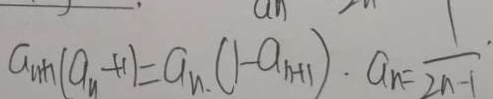
a _ { n } ( a _ { n } + 1 ) = a _ { n } ( 1 - a _ { n + 1 } ) \cdot a _ { n } = \frac { 1 } { 2 n - 1 } \cdot